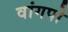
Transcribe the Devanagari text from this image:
वांगपो